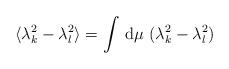
LaTeX: \begin{align*}\langle \lambda_k^2 - \lambda_l^2 \rangle = \int\, {\rm d}\mu\,\, (\lambda_k^2 - \lambda_l^2)\end{align*}